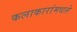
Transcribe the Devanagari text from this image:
कलाकारांमधले